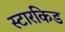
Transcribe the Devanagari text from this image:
स्टारकिड